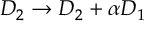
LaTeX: { \cal D } _ { 2 } \rightarrow { \cal D } _ { 2 } + \alpha { \cal D } _ { 1 }